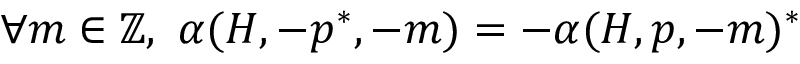
\begin{array} { r } { \forall m \in \mathbb { Z } , ~ \alpha ( H , - p ^ { * } , - m ) = - \alpha ( H , p , - m ) ^ { * } } \end{array}